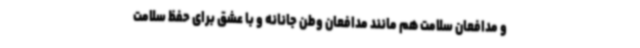
و مدافعان سلامت هم مانند مدافعان وطن جانانه و با عشق برای حفظ سلامت